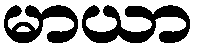
မာယာ